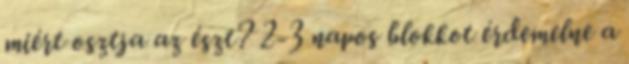
miért osztja az észt? 2-3 napos blokkot érdemelne a